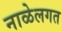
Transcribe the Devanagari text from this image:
नाळेलगत